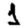
Digit: 1